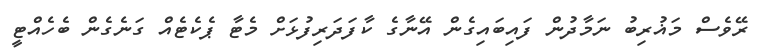
ރޭވެސް މަޣުރިބު ނަމާދުން ފައިބައިގެން އޭނާގެ ކާފަދަރިފުޅަށް މެޓާ ޕެކެޓެއް ގަނެގެން ބެހެއްޓީ